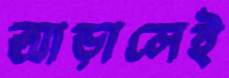
আড়ালেই